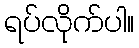
ရပ်လိုက်ပါ။